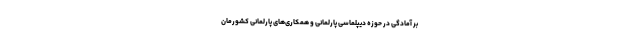
بر آمادگی در حوزه دیپلماسی پارلمانی و همکاری­های پارلمانی کشورمان